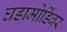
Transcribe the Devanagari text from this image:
घडामोडिंवर